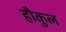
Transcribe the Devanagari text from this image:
हौकुल